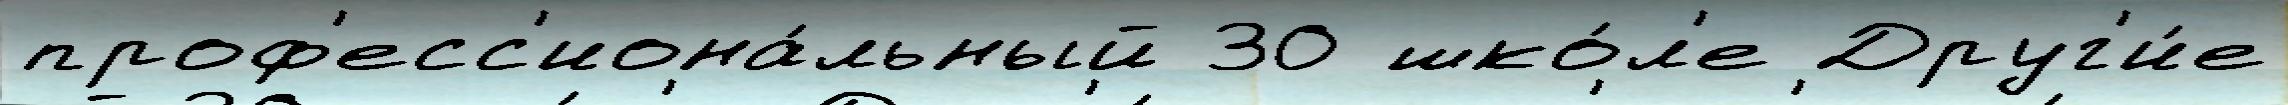
проф'есс'иона́льный 30 шко́л'е Друг'и́е